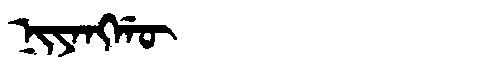
Manchu: ᠨᡳᠶᠠᠩᡤᡡ
Romanization: NIYANGGŪ